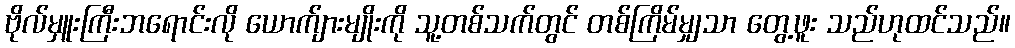
ဗိုလ်မှူးကြီးဘရောင်းလို ယောက်ျားမျိုးကို သူ့တစ်သက်တွင် တစ်ကြိမ်မျှသာ တွေ့ဖူး သည်ဟုထင်သည်။